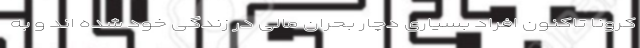
کرونا تاکنون افراد بسیاری دچار بحران مالی در زندگی خود شده اند و به